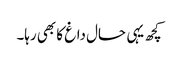
کچھ یہی حال داغ کا بھی رہا۔